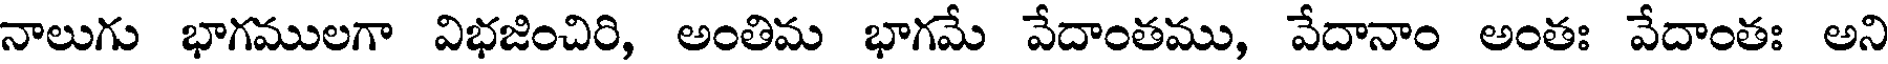
నాలుగు భాగములగా విభజించిరి, అంతిమ భాగమే వేదాంతము, వేదానాం అంతః వేదాంతః అని